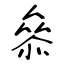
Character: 叅